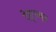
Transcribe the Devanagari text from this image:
देहूपासून